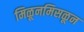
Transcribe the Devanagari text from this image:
मिळूनमिसळून